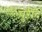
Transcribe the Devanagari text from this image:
पुरीद